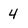
Character: 4